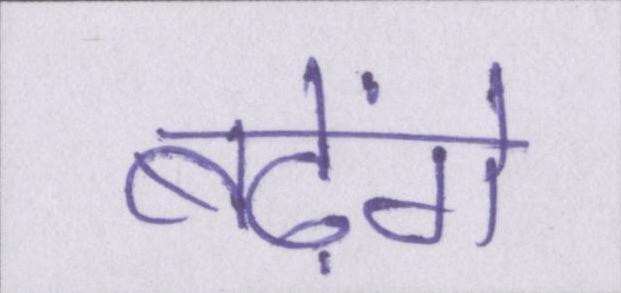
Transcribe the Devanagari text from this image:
बढ़ेंगे